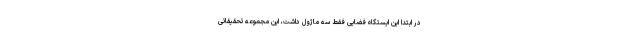
در ابتدا این ایستگاه فضایی فقط سه ماژول داشت، این مجموعه تحقیقاتی